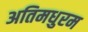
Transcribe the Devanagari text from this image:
अतिमधुरम